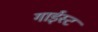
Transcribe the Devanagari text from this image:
गाईस्ट